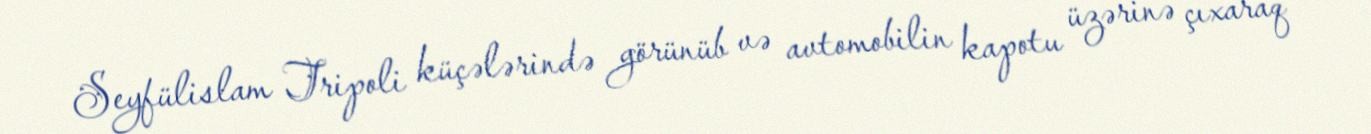
Seyfülislam Tripoli küçələrində görünüb və avtomobilin kapotu üzərinə çıxaraq